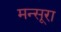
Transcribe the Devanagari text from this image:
मन्सूरा